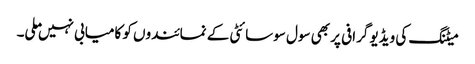
میٹنگ کی ویڈیو گرافی پر بھی سول سوسائٹی کے نمائندوں کو کامیابی نہیں ملی۔